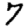
Digit: 7